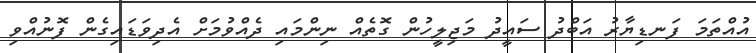
އުއްތަމަ ފަނޑިޔާރު އަބްދު ސައީދު މަޖިލީހުން ގޮތެއް ނިންމައި ދެއްވުމަށް އެދިވަޑައިގެން ފޮނުއްވި